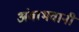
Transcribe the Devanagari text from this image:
अंबाभवानी